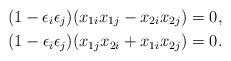
LaTeX: \begin{align*}(1-\epsilon_i \epsilon_j)(x_{1i} x_{1j}-x_{2i} x_{2j} ) = 0, \\(1-\epsilon_i \epsilon_j)(x_{1j}x_{2i} + x_{1i} x_{2j}) = 0. \end{align*}